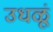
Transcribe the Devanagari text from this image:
उधळूं